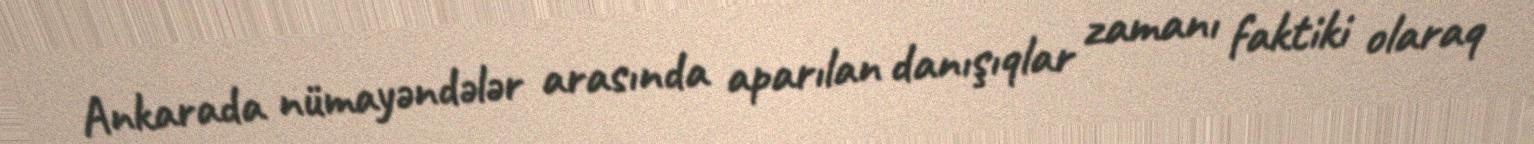
Ankarada nümayəndələr arasında aparılan danışıqlar zamanı faktiki olaraq